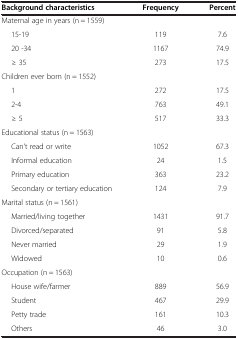
<table><thead><tr><td><b>Background characteristics</b></td><td><b>Frequency</b></td><td><b>Percent</b></td></tr></thead><tbody><tr><td colspan="3">Maternal age in years (n = 1559)</td></tr><tr><td>15-19</td><td>119</td><td>7.6</td></tr><tr><td>20 -34</td><td>1167</td><td>74.9</td></tr><tr><td>≥ 35</td><td>273</td><td>17.5</td></tr><tr><td colspan="3">Children ever born (n = 1552)</td></tr><tr><td>1</td><td>272</td><td>17.5</td></tr><tr><td>2-4</td><td>763</td><td>49.1</td></tr><tr><td>≥ 5</td><td>517</td><td>33.3</td></tr><tr><td colspan="3">Educational status (n = 1563)</td></tr><tr><td>Can&#x27;t read or write</td><td>1052</td><td>67.3</td></tr><tr><td>Informal education</td><td>24</td><td>1.5</td></tr><tr><td>Primary education</td><td>363</td><td>23.2</td></tr><tr><td>Secondary or tertiary education</td><td>124</td><td>7.9</td></tr><tr><td colspan="3">Marital status (n = 1561)</td></tr><tr><td>Married/living together</td><td>1431</td><td>91.7</td></tr><tr><td>Divorced/separated</td><td>91</td><td>5.8</td></tr><tr><td>Never married</td><td>29</td><td>1.9</td></tr><tr><td>Widowed</td><td>10</td><td>0.6</td></tr><tr><td colspan="3">Occupation (n = 1563)</td></tr><tr><td>House wife/farmer</td><td>889</td><td>56.9</td></tr><tr><td>Student</td><td>467</td><td>29.9</td></tr><tr><td>Petty trade</td><td>161</td><td>10.3</td></tr><tr><td>Others</td><td>46</td><td>3.0</td></tr></tbody></table>